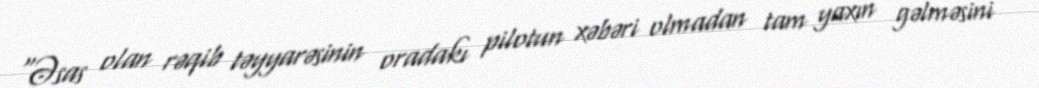
"Əsas olan rəqib təyyarəsinin oradakı pilotun xəbəri olmadan tam yaxın gəlməsini